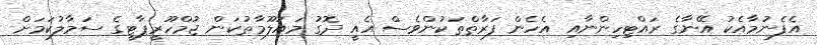
އެފެނުމާއެކު އޭނާގެ ރައްޓިހިންނާއި އެހެން ފަރާތްތަކުންވެސް އެއީ ދޮގު މައުލޫމާތުކަން ޖުމްހޫރީޕާޓީގެ ސަމާލުކަމަށް